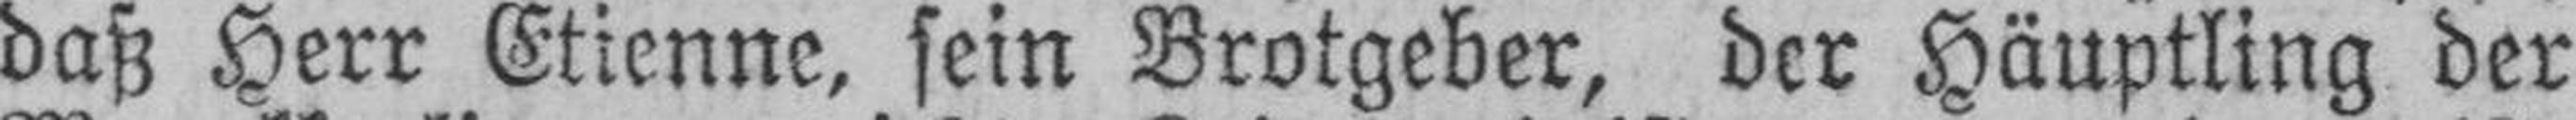
daß Herr Etienne, sein Brotgeber, der Häuptling der